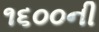
૧૬૦૦ની